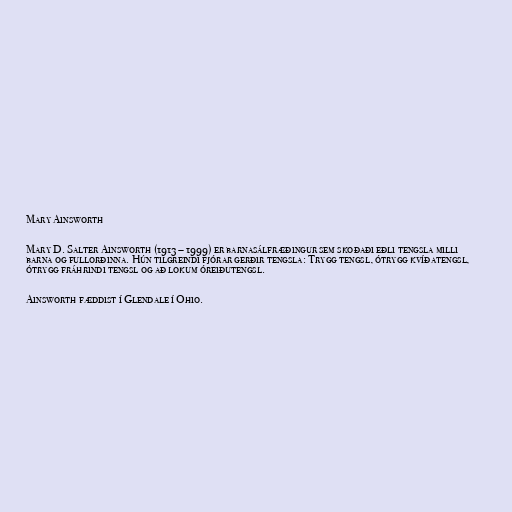
Mary Ainsworth

Mary D. Salter Ainsworth (1913 – 1999) er barnasálfræðingur sem skoðaði eðli tengsla milli
barna og fullorðinna. Hún tilgreindi fjórar gerðir tengsla: Trygg tengsl, ótrygg kvíðatengsl,
ótrygg fráhrindi tengsl og að lokum óreiðutengsl.

Ainsworth fæddist í Glendale í Ohio.